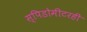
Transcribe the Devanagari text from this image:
स्पिडोमीटरही